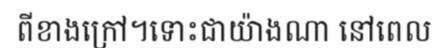
ពីខាងក្រៅ។ទោះជាយ៉ាងណា នៅពេល